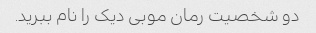
دو شخصیت رمان موبی دیک را نام ببرید.